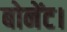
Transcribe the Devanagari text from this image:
बोनेंट।